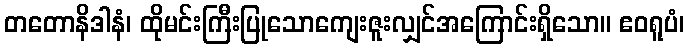
တတောနိဒါနံ၊ ထိုမင်းကြီးပြုသောကျေးဇူးလျှင်အကြောင်းရှိသော။ ဧဝရူပံ၊